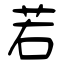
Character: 若